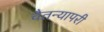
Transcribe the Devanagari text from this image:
चैतन्यापरी